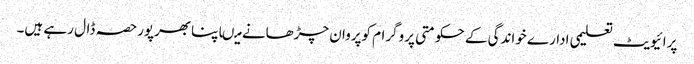
پرائیویٹ تعلیمی ادارے خواندگی کے حکومتی پروگرام کوپروان چڑھانے میںاپنابھرپورحصہ ڈال رہے ہیں۔